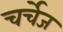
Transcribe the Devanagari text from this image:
चर्चेज